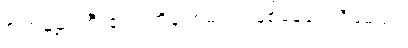
စကြဝဠာကြီး၏ ဗဟိုချက်မပင် ဖြစ်နေပေလိမ့်မည်။